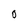
Character: O